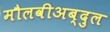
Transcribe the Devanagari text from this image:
मौलवीअब्दुल